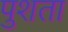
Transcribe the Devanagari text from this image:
पुशता